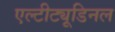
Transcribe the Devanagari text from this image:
एल्‍टीट्यूडिनल